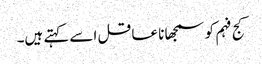
کج فہم کو سمجھا نا عاقل اسے کہتے ہیں۔